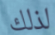
لذلك